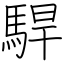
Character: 駻